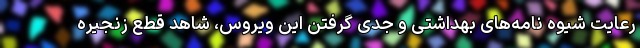
رعایت شیوه نامه‌های بهداشتی و جدی گرفتن این ویروس، شاهد قطع زنجیره